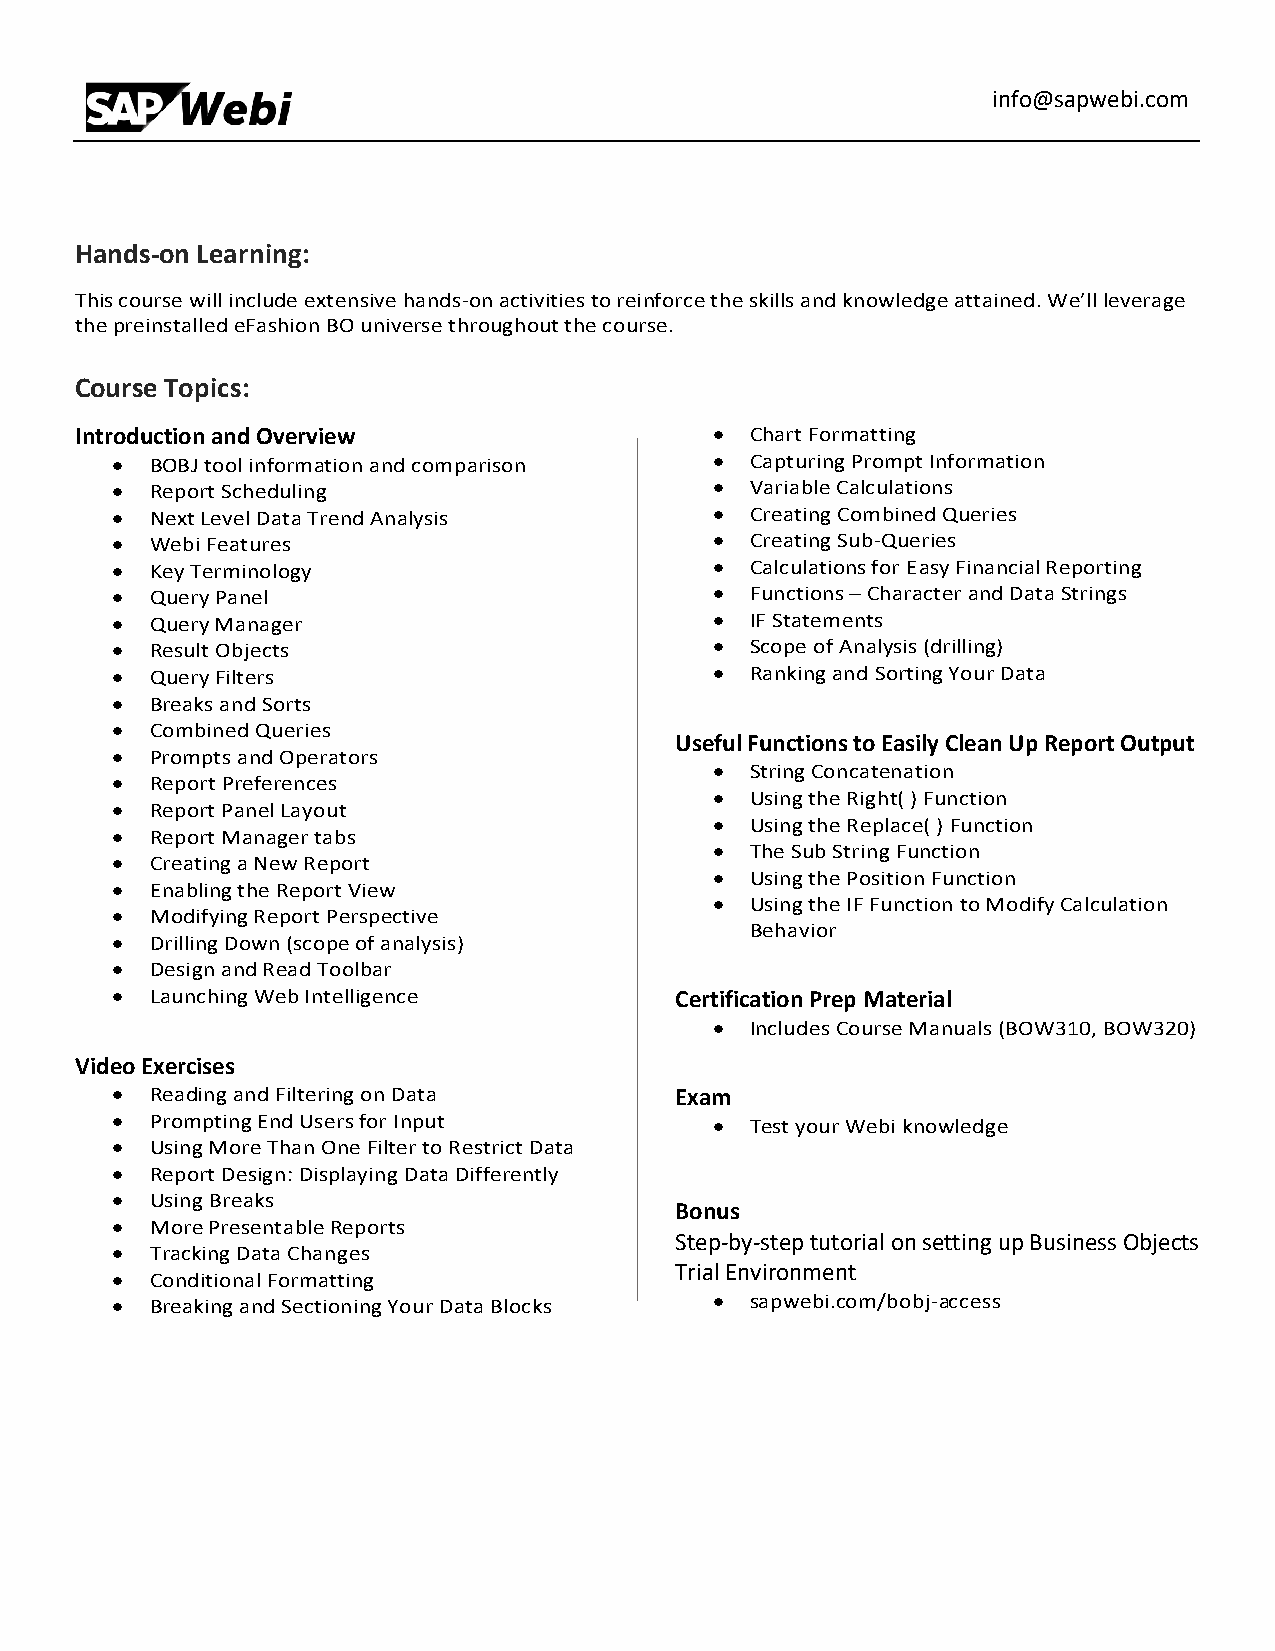
info@sapwebi.com
 Hands-on Learning:
 This course will include extensive hands-on activities to reinforce the skills and knowledge attained. We’ll leverage
 the preinstalled eFashion BO universe throughout the course.
 Course Topics:
 Introduction and Overview                 •  Chart Formatting
 •  BOBJ tool information and comparison •  Capturing Prompt Information
 •  Report Scheduling                    •  Variable Calculations
 •  Next Level Data Trend Analysis       •  Creating Combined Queries
 •  Webi Features                        •  Creating Sub-Queries
 •  Key Terminology                      •  Calculations for Easy Financial Reporting
 •  Query Panel                          •  Functions – Character and Data Strings
 •  Query Manager                        •  IF Statements
 •  Result Objects                       •  Scope of Analysis (drilling)
 •  Query Filters                        •  Ranking and Sorting Your Data
 •  Breaks and Sorts
 •  Combined Queries
 Useful Functions to Easily Clean Up Report Output
 •  Prompts and Operators
 •  String Concatenation
 •  Report Preferences
 •  Using the Right( ) Function
 •  Report Panel Layout
 •  Using the Replace( ) Function
 •  Report Manager tabs
 •  The Sub String Function
 •  Creating a New Report
 •  Using the Position Function
 •  Enabling the Report View
 •  Using the IF Function to Modify Calculation
 •  Modifying Report Perspective
 Behavior
 •  Drilling Down (scope of analysis)
 •  Design and Read Toolbar
 •  Launching Web Intelligence         Certification Prep Material
 •  Includes Course Manuals (BOW310, BOW320)
 Video Exercises
 •  Reading and Filtering on Data      Exam
 •  Prompting End Users for Input        •  Test your Webi knowledge
 •  Using More Than One Filter to Restrict Data
 •  Report Design: Displaying Data Differently
 •  Using Breaks
 Bonus
 •  More Presentable Reports
 Step-by-step tutorial on setting up Business Objects
 •  Tracking Data Changes
 Trial Environment
 •  Conditional Formatting
 •  Breaking and Sectioning Your Data Blocks • sapwebi.com/bobj-access